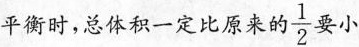
平衡时，总体积一定比原来的 \frac{1}{2} 要小